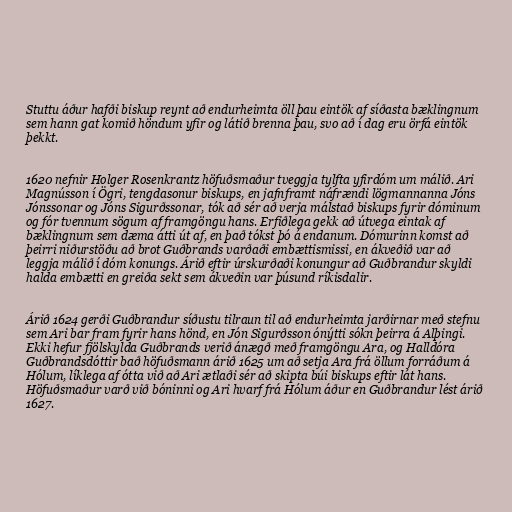
Stuttu áður hafði biskup reynt að endurheimta öll þau eintök af síðasta bæklingnum
sem hann gat komið höndum yfir og látið brenna þau, svo að í dag eru örfá eintök
þekkt.

1620 nefnir Holger Rosenkrantz höfuðsmaður tveggja tylfta yfirdóm um málið. Ari
Magnússon í Ögri, tengdasonur biskups, en jafnframt náfrændi lögmannanna Jóns
Jónssonar og Jóns Sigurðssonar, tók að sér að verja málstað biskups fyrir dóminum
og fór tvennum sögum af framgöngu hans. Erfiðlega gekk að útvega eintak af
bæklingnum sem dæma átti út af, en það tókst þó á endanum. Dómurinn komst að
þeirri niðurstöðu að brot Guðbrands varðaði embættismissi, en ákveðið var að
leggja málið í dóm konungs. Árið eftir úrskurðaði konungur að Guðbrandur skyldi
halda embætti en greiða sekt sem ákveðin var þúsund ríkisdalir.

Árið 1624 gerði Guðbrandur síðustu tilraun til að endurheimta jarðirnar með stefnu
sem Ari bar fram fyrir hans hönd, en Jón Sigurðsson ónýtti sókn þeirra á Alþingi.
Ekki hefur fjölskylda Guðbrands verið ánægð með framgöngu Ara, og Halldóra
Guðbrandsdóttir bað höfuðsmann árið 1625 um að setja Ara frá öllum forráðum á
Hólum, líklega af ótta við að Ari ætlaði sér að skipta búi biskups eftir lát hans.
Höfuðsmaður varð við bóninni og Ari hvarf frá Hólum áður en Guðbrandur lést árið
1627.